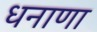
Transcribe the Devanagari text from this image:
धनाणा